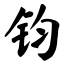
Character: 钧